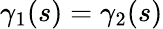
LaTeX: \gamma_{1}(s)=\gamma_{2}(s)